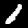
Label: 1